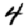
Digit: 4